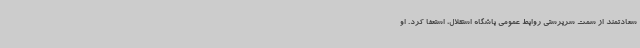
سعادتمند از سمت سرپرستی روابط عمومی باشگاه استقلال، استعفا کرد. او